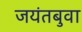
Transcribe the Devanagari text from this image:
जयंतबुवा